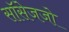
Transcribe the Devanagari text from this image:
सॉसेजजो